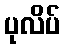
ပုလိပ်